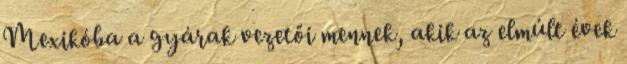
Mexikóba a gyárak vezetői mennek, akik az elmúlt évek